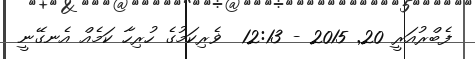
ފެބްރުއަރީ 20